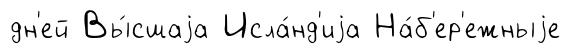
дн'ей Вы́сшаjа Исла́нд'иjа На́б'ер'ежныjе